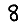
Digit: 8